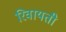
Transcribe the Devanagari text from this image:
रिवायती